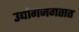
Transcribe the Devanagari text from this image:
उद्योगजगतात